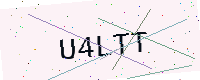
Text: U4LTT